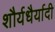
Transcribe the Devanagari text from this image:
शौर्यधैर्यादी